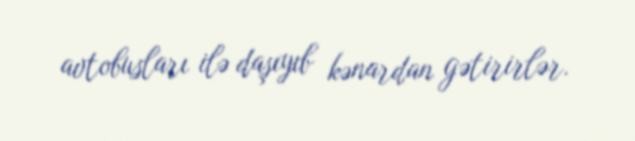
avtobusları ilə daşıyıb kənardan gətirirlər.